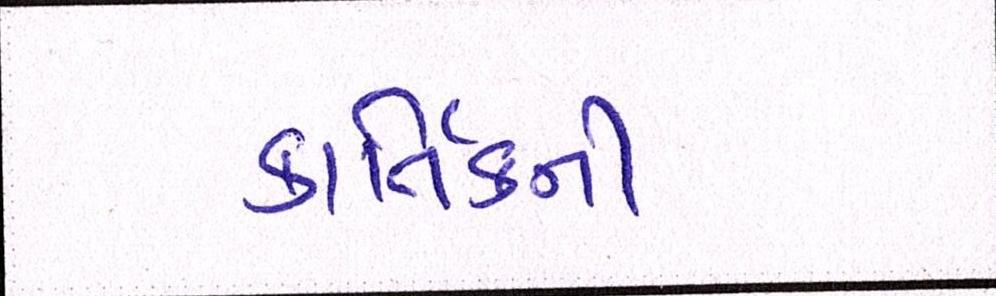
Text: કાર્તિકની